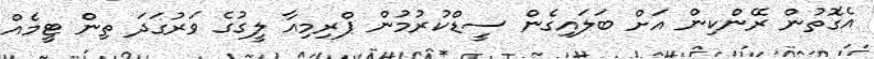
އެގޮތުން ރޭންކިން އަށް ބަލައިގެން ސީޑްކުރުމުން ޕްރިމިއާ ލީގުގެ ވަރުގަދަ ތިން ޓީމެއް